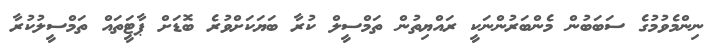
ނިންމެވުމުގެ ސަބަބުން މެންބަރުންނަކީ ރައްޔިތުން ތަމްސީލް ކުރާ ބަޔަކަށްވުރެ ބޮޑަށް ޕާޓީަތައް ތަމްސީލުކުރާ